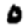
Digit: 0